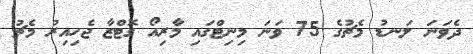
ދެވަނަ ލަނޑު މެޗުގެ 75 ވަނަ މިނިޓްގައި މާރިއޯ ގޮޓްޒާ ޖެހިއިރު މެޗު